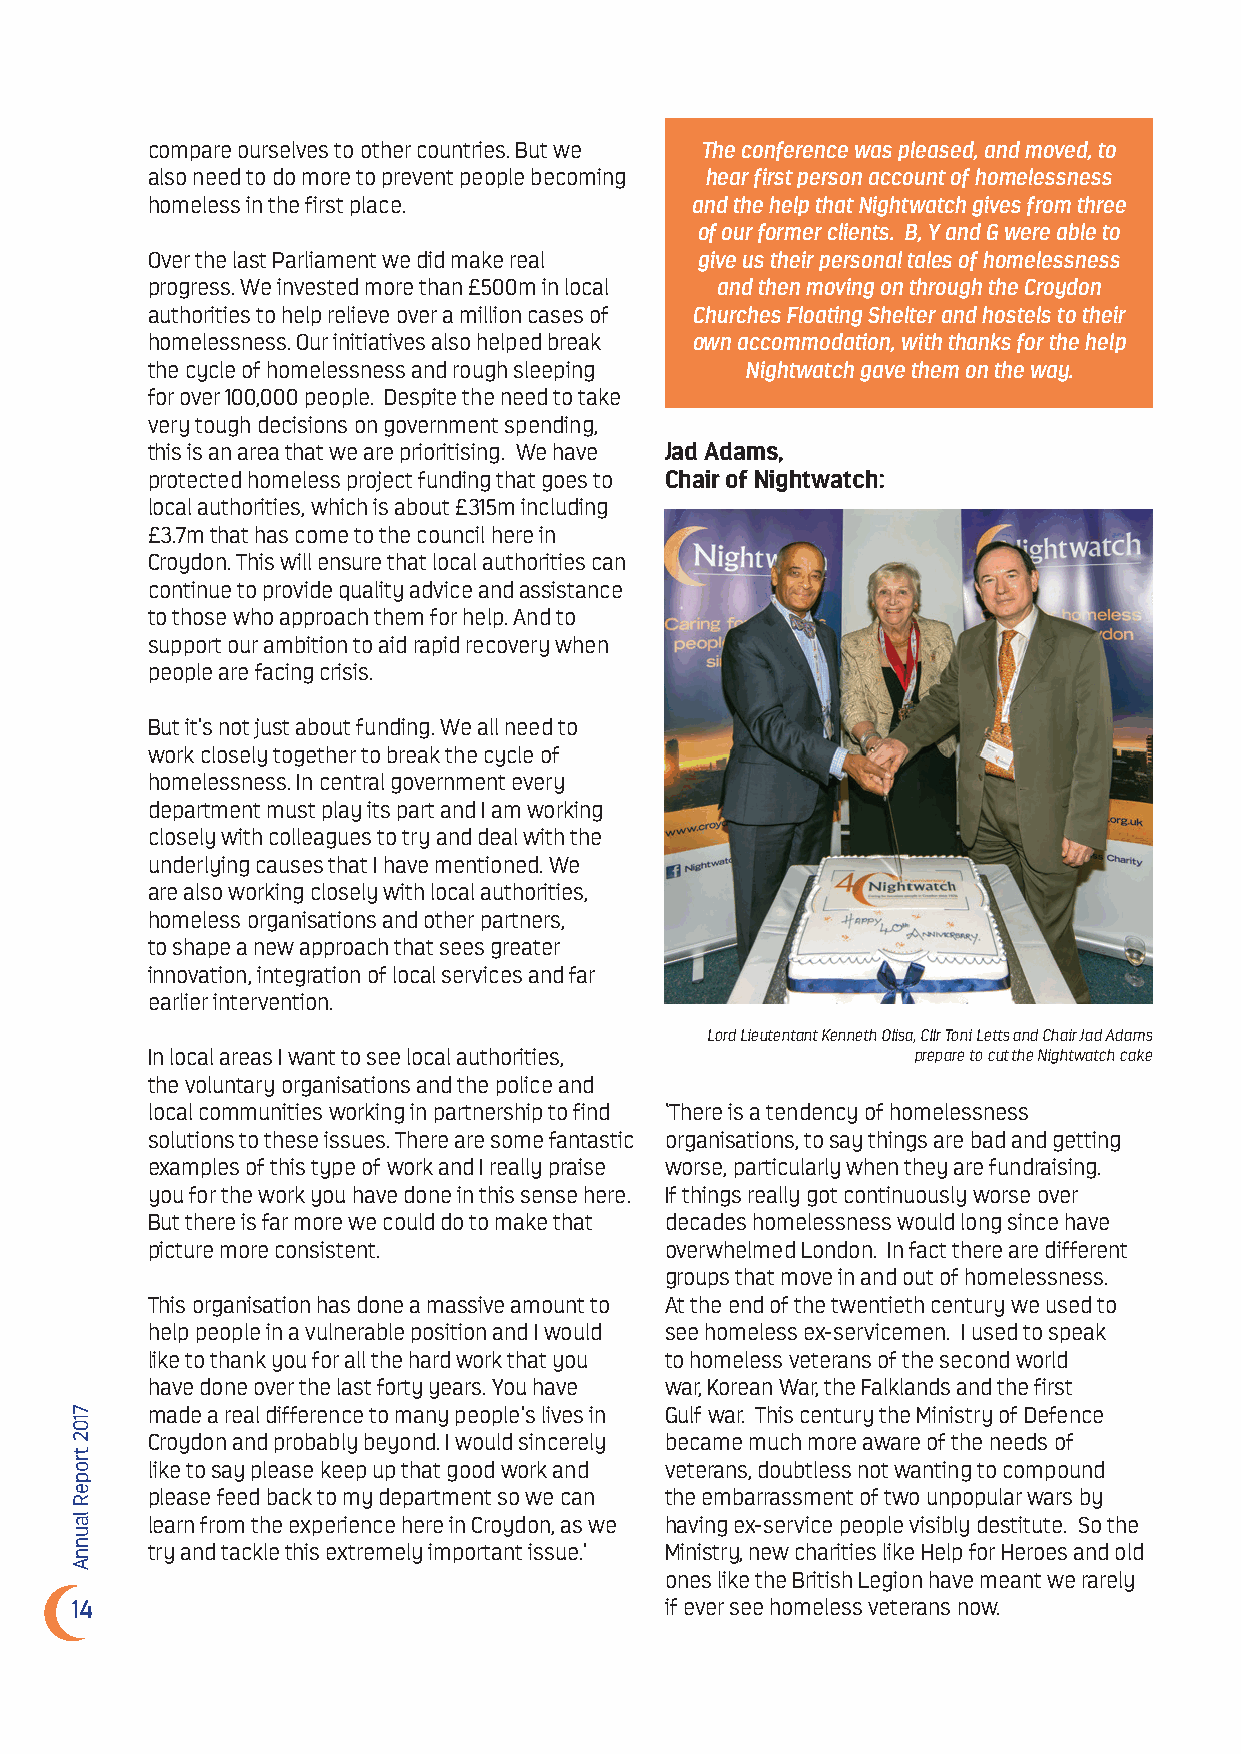
compare ourselves to other countries. But we The conference was pleased, and moved, to
 also need to do more to prevent people becoming hear first person account of homelessness
 homeless in the first place.        and the help that Nightwatch gives from three
 of our former clients. B, Y and G were able to
 Over the last Parliament we did make real give us their personal tales of homelessness
 progress. We invested more than £500m in local and then moving on through the Croydon
 authorities to help relieve over a million cases of Churches Floating Shelter and hostels to their
 homelessness. Our initiatives also helped break own accommodation, with thanks for the help
 the cycle of homelessness and rough sleeping Nightwatch gave them on the way.
 for over 100,000 people. Despite the need to take
 very tough decisions on government spending,
 this is an area that we are prioritising. We have Jad Adams,
 protected homeless project funding that goes to Chair of Nightwatch:
 local authorities, which is about £315m including
 £3.7m that has come to the council here in
 Croydon. This will ensure that local authorities can
 continue to provide quality advice and assistance
 to those who approach them for help. And to
 support our ambition to aid rapid recovery when
 people are facing crisis.
 But it’s not just about funding. We all need to
 work closely together to break the cycle of
 homelessness. In central government every
 department must play its part and I am working
 closely with colleagues to try and deal with the
 underlying causes that I have mentioned. We
 are also working closely with local authorities,
 homeless organisations and other partners,
 to shape a new approach that sees greater
 innovation, integration of local services and far
 earlier intervention.
 Lord Lieutentant Kenneth Olisa, Cllr Toni Letts and Chair Jad Adams
 In local areas I want to see local authorities,   prepare to cut the Nightwatch cake
 the voluntary organisations and the police and
 local communities working in partnership to find ‘There is a tendency of homelessness
 solutions to these issues. There are some fantastic organisations, to say things are bad and getting
 examples of this type of work and I really praise worse, particularly when they are fundraising.
 you for the work you have done in this sense here. If things really got continuously worse over
 But there is far more we could do to make that decades homelessness would long since have
 picture more consistent.          overwhelmed London. In fact there are different
 groups that move in and out of homelessness.
 This organisation has done a massive amount to At the end of the twentieth century we used to
 help people in a vulnerable position and I would see homeless ex-servicemen. I used to speak
 like to thank you for all the hard work that you to homeless veterans of the second world
 have done over the last forty years. You have war, Korean War, the Falklands and the first
 made a real difference to many people’s lives in Gulf war. This century the Ministry of Defence
 Croydon and probably beyond. I would sincerely became much more aware of the needs of
 like to say please keep up that good work and veterans, doubtless not wanting to compound
 please feed back to my department so we can the embarrassment of two unpopular wars by
 learn from the experience here in Croydon, as we having ex-service people visibly destitute. So the
 try and tackle this extremely important issue.’ Ministry, new charities like Help for Heroes and old
 ones like the British Legion have meant we rarely
 14                                     if ever see homeless veterans now.
 7102
 tropeR
 launnA